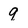
Character: 9